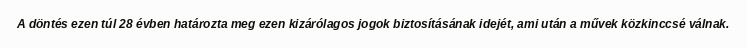
A döntés ezen túl 28 évben határozta meg ezen kizárólagos jogok biztosításának idejét, ami után a művek közkinccsé válnak.